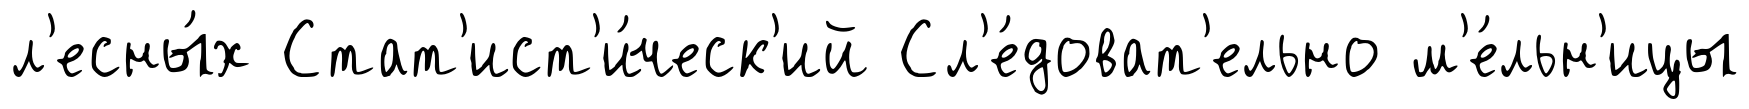
л'есны́х Стат'ист'и́ческ'ий Сл'е́доват'ельно м'е́льн'ицы